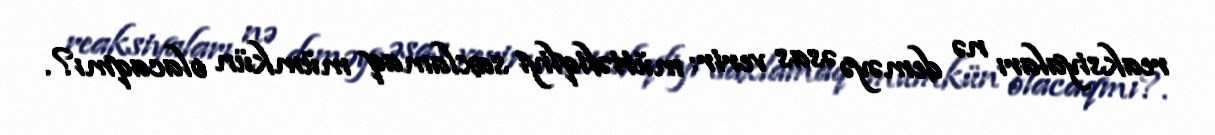
reaksiyaları nə deməyə əsas verir: müttəfiqliyi saxlamaq mümkün olacaqmı?.